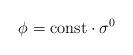
LaTeX: \begin{align*}\phi = {\rm const} \cdot \sigma^0\end{align*}